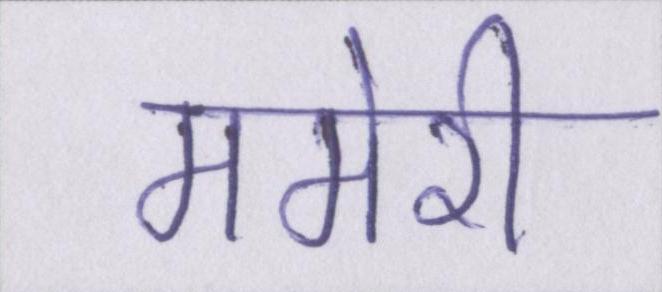
ममेरी